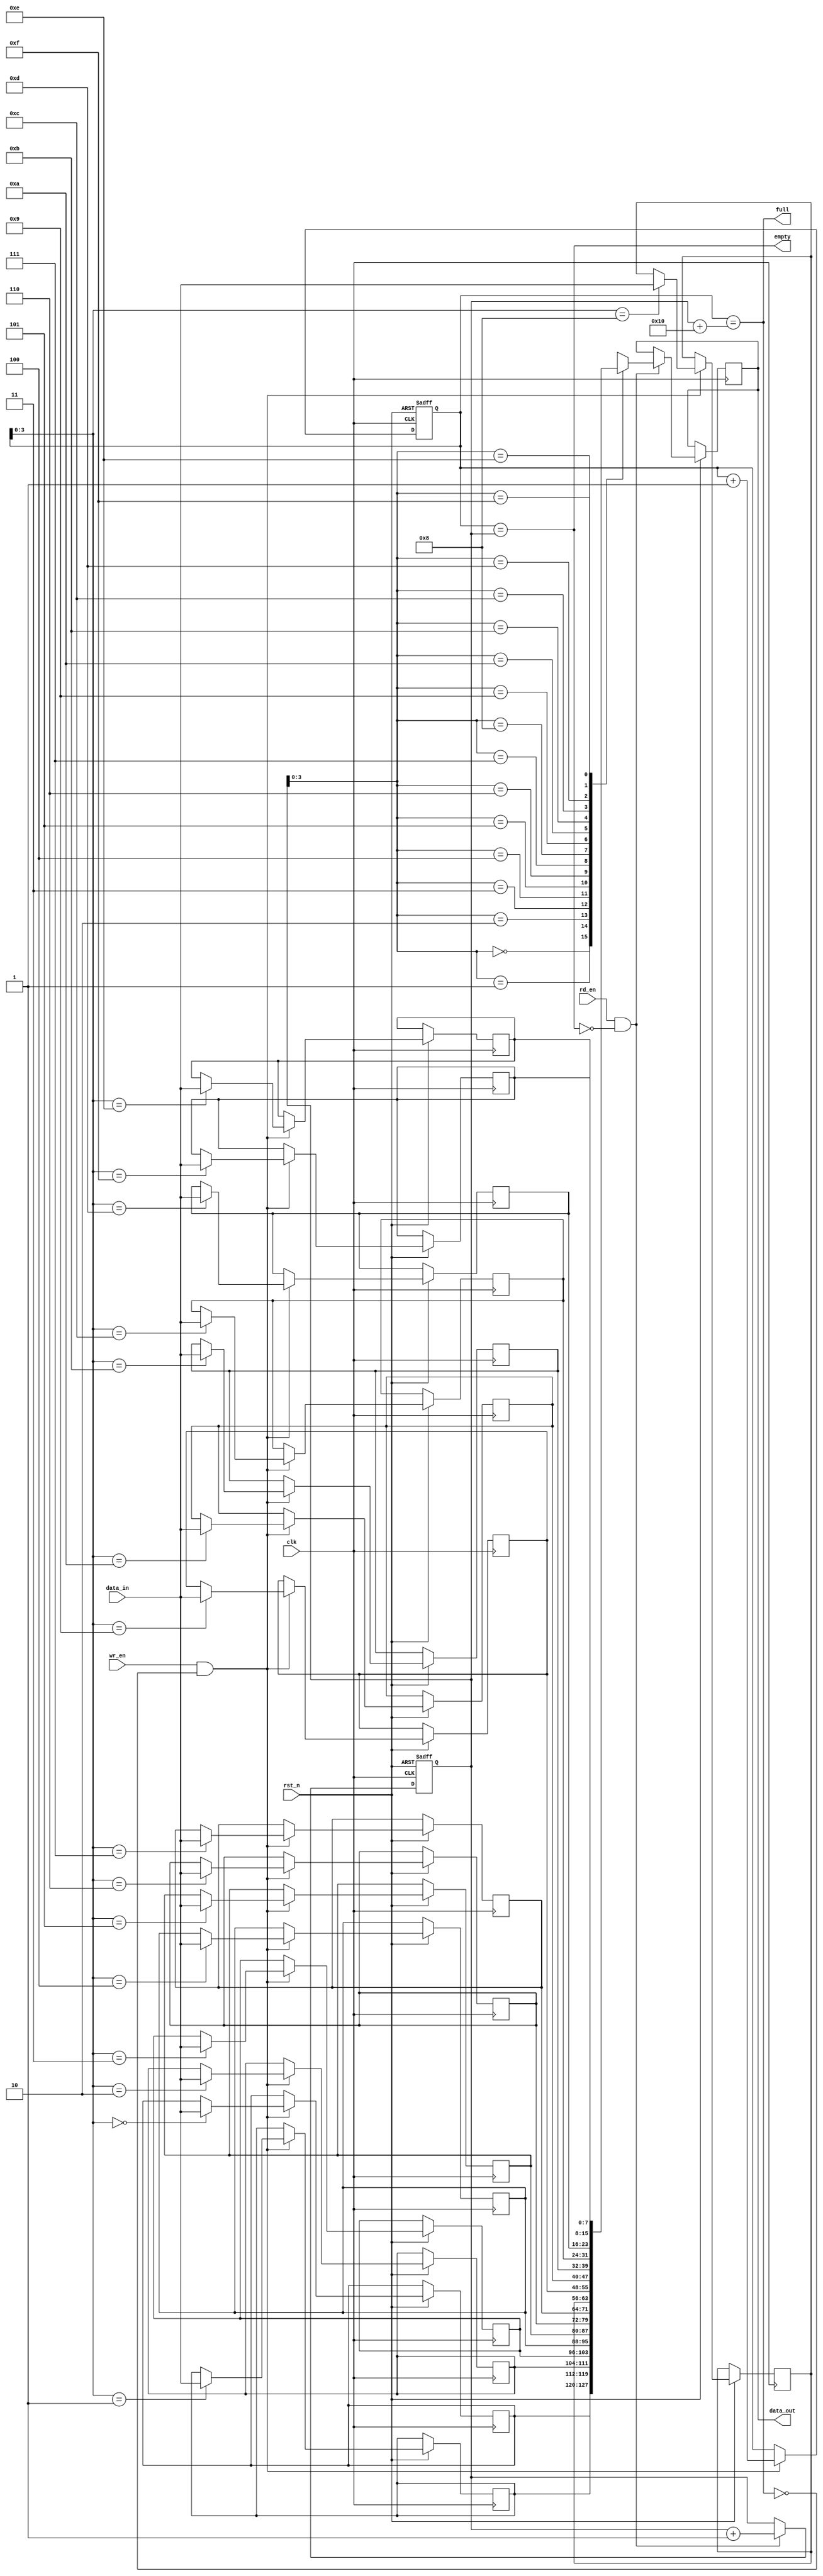
module fifo #(parameter WIDTH = 8, DEPTH = 16)(
    input wire clk,
    input wire rst_n,
    input wire wr_en,
    input wire rd_en,
    input wire [WIDTH-1:0] data_in,
    output reg [WIDTH-1:0] data_out,
    output reg full,
    output reg empty
);

reg [WIDTH-1:0] memory[DEPTH-1:0];
reg [WIDTH-1:0] read_pointer = 0;
reg [WIDTH-1:0] write_pointer = 0;

always @(posedge clk or negedge rst_n) begin
    if (~rst_n) begin
        read_pointer <= 0;
        write_pointer <= 0;
    end else begin
        if (wr_en && ~full) begin
            memory[write_pointer] <= data_in;
            write_pointer <= write_pointer + 1;
        end
        if (rd_en && ~empty) begin
            data_out <= memory[read_pointer];
            read_pointer <= read_pointer + 1;
        end
    end
end

assign full = write_pointer == read_pointer + DEPTH;
assign empty = write_pointer == read_pointer;

endmodule